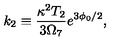
{ k _ { 2 } \equiv { \frac { \kappa ^ { 2 } T _ { 2 } } { 3 \Omega _ { 7 } } } { } e ^ { 3 \phi _ { 0 } / 2 } , }